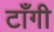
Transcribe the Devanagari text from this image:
टाँगी